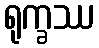
ရုက္ခဿ